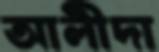
আলীদা